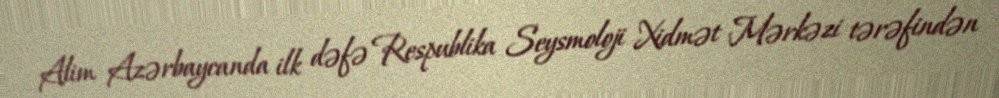
Alim Azərbaycanda ilk dəfə Respublika Seysmoloji Xidmət Mərkəzi tərəfindən